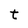
Character: t